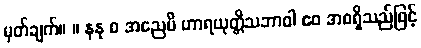
မှတ်ချက်။ ။ နနု စ အညေပိ ဟာရယုတ္တိသဘာဝါ ဧဝ အစရှိသည်ဖြင့်